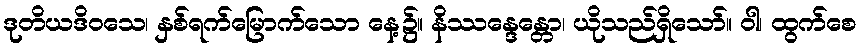
ဒုတိယဒိဝသေ၊ နှစ်ရက်မြောက်သော နေ့၌။ နိဿန္ဒေန္တော၊ ယိုသည်ရှိသော်။ ဝါ၊ ထွက်စေ